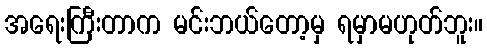
အရေးကြီးတာက မင်းဘယ်တော့မှ ရမှာမဟုတ်ဘူး။